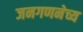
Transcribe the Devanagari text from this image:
जनगणनेच्य